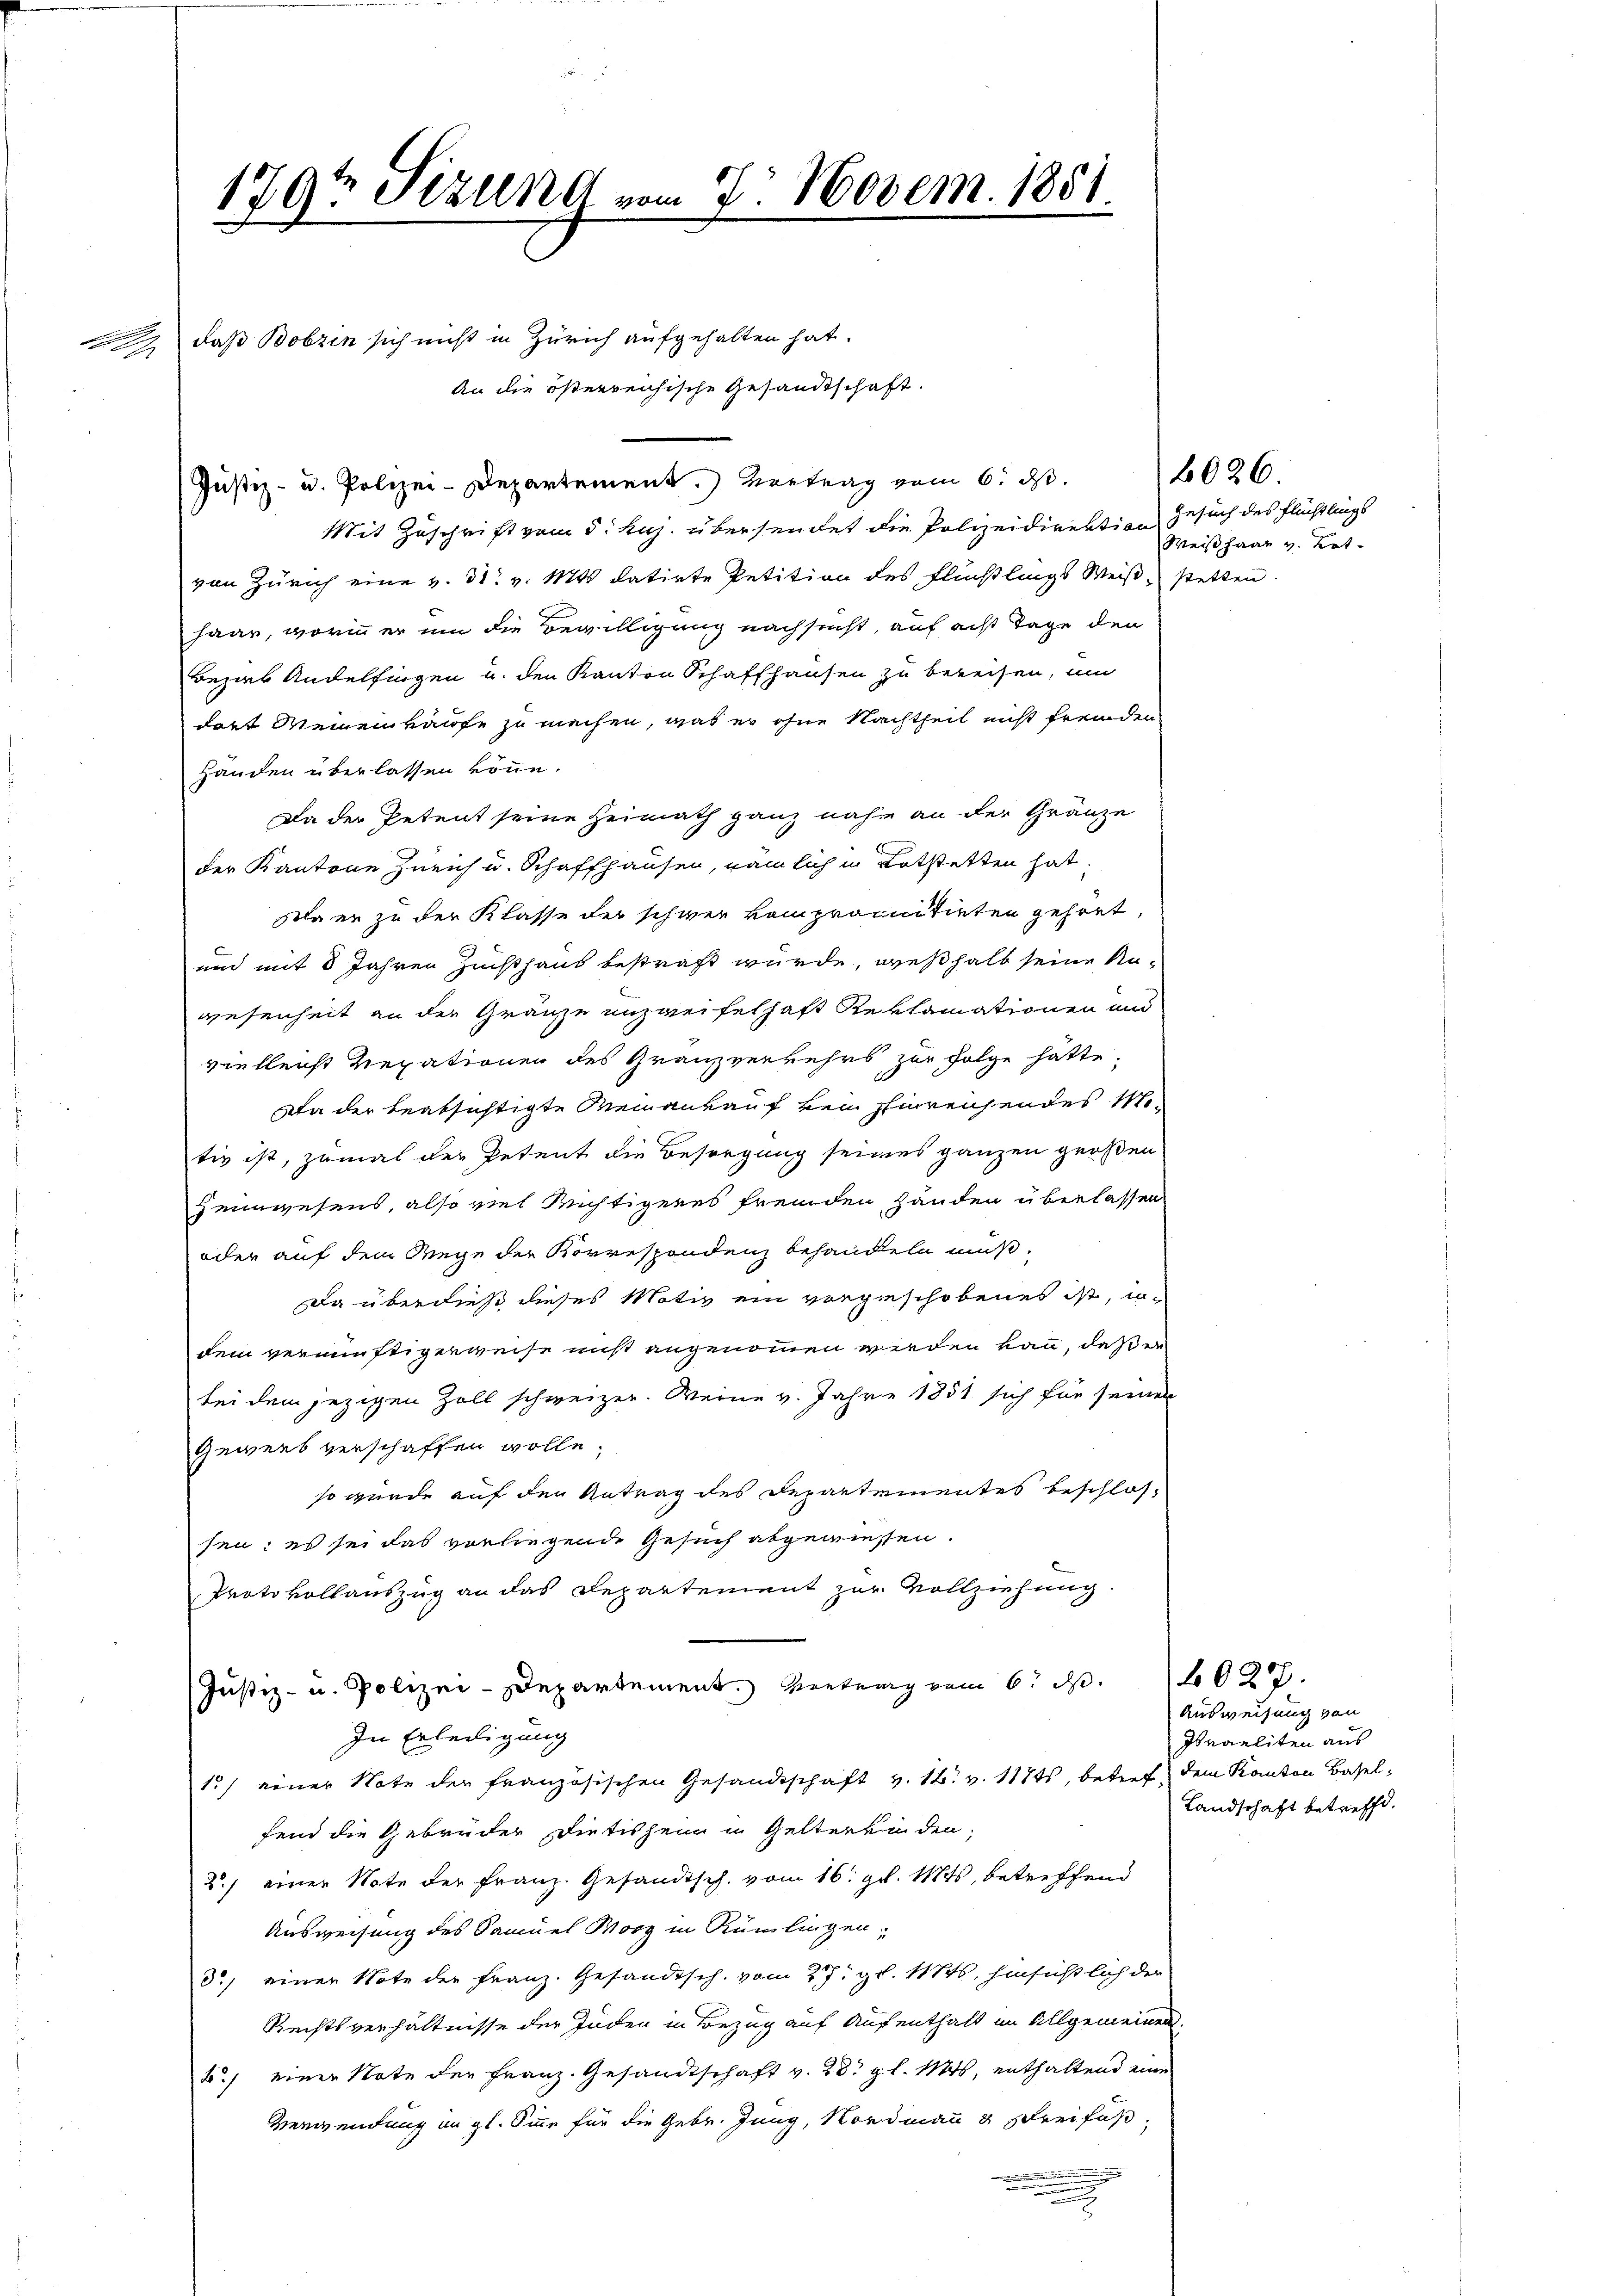
1797 Sizung vom 7. Novem. 1851.
1
daß Bobzin sich nicht in Zürich aufgehalten hat.

An die österreichische Gesandtschaft.

Justiz- u. Polizei-Departement.) Vortrag vom 6. ds.
Mit Zuschrift vom 5. huj. übersendet die Polizeidirektion Gesuch des Flüchtlings
von Zürich eine v. 31. v. Mts. datirte Petition des Flüchtlings Weise stetten.
haar, worinn er um die Bewilligung nachsucht, auf acht Tage den
Beziel Andelfingen u. den Kanton Schaffhausen zu bereisen, um
dort Meinen käufe zu machen, was er ohne Nachtheil nicht fremden
Handen überlassen könne.
Da der Petent seine Heimath ganz nahe an der Gränze
der Kantone Zürich u. Schaffhausen, nämlich in Kotstetten hat.
Da er zu der Klasse der schwer kompromitirten gehret,
und mit 8 Jahren Zusthaus bestraft wurde, weßhalb seine Anwesenheit an der Gränze unzweifelhaft Reklamationen und
vielleicht Rexationen des Granzverkehrs zur Folge hätte,
Da der beabsichtigte Mein ankauf von hinreichendes M
tiv ist, zumal der Petent die Besorgung seines ganzen großen
Heimwesens, also viel Richtigeres fremden Händen überlassen
oder auf dem Wege der Korrespondenz behandeln muß.
da überdieß dieses Motiv ein vorgeschobenes ist, indem vernünftigerweise nicht angenommen werden kann, daß er
bei dem jezigen Zoll schweizer. Weine v. Jahre 1851 sich für seiner
Gewerb verschaffen wolle,
so wurde auf den Antrag des Departementes beschlossen: es sei das vorliegende Gesuch abgewiesen.
Protokollauszug an das Repartement zur Vollziehung.
Justiz- u. Polizei-Departement. Vertrag vom 6. d. 1027.
In Erledigung
15) einer Note der französischen Gesandtschaft v. 16. v. 117, betref dem Kanton Baselfend die Gebrüder Dietischein in Gelterkinden,
2.) einer Note der Franz. Gesandtsch. vom 16. gl. Mts., betreffend
Ausweisung des Samuel Worz in Rümlingen,
3) einer Note der Franz. Gesandtsch. vom 27. gl. 117, hinsichtlich der
Rechtsverhältnisse der Juden in Bezug auf Aufenthalt im Allgemeinen.
k.) einer Note der Franz. Gesandtschaft v. 28. gl. Mts., enthaltend eine
Verwendung in gl. Sinne für die Gebr. Jung, Nordmann 2 Dreifuß,
.

u

6026.
Weißhaar v. Kot.

Ausweisung von
Israeliten aus
Landschaft betreffd.